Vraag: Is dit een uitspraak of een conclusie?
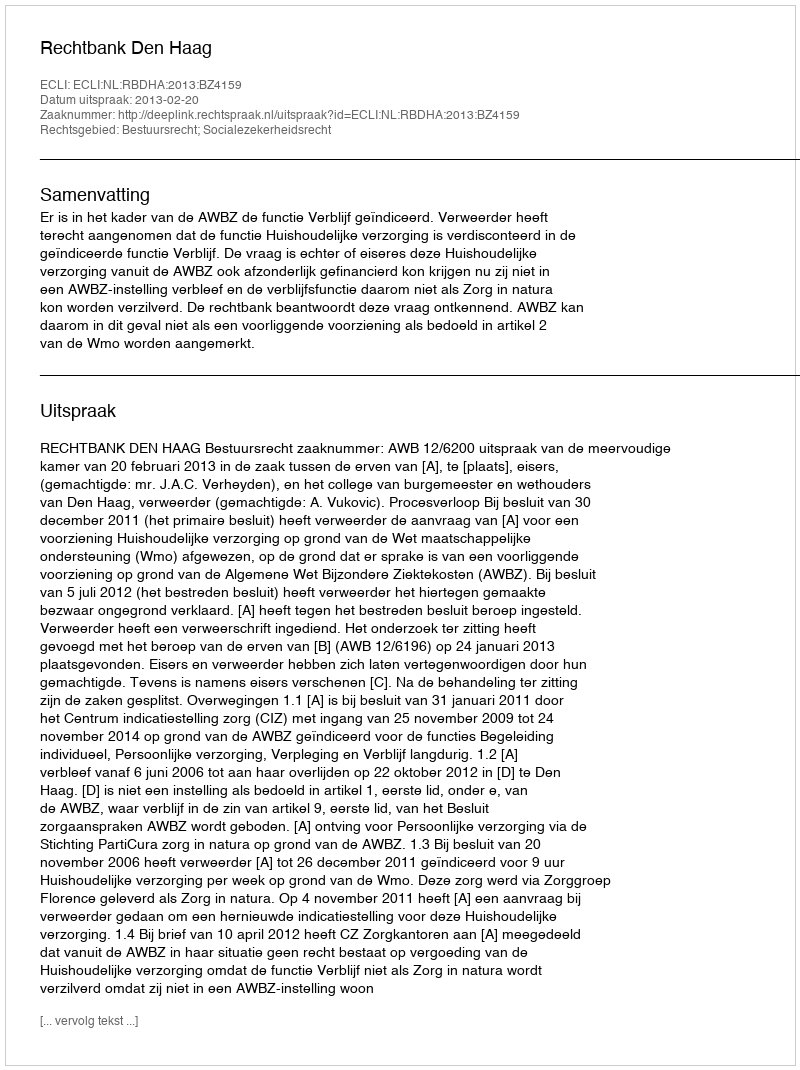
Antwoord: Uitspraak